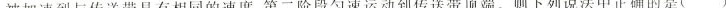
被加速到与传送带具有相同的速度，第二阶段匀速运动到传送带顶端。则下列说法中正确的是()